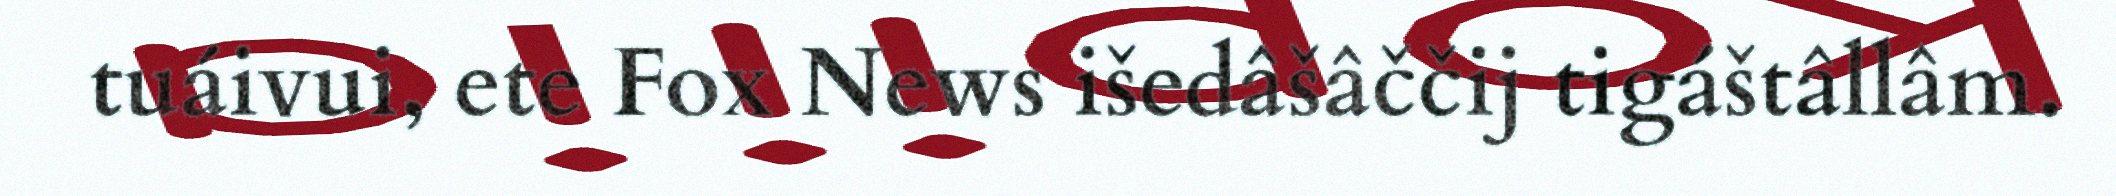
tuáivui, ete Fox News išedâšâččij tigáštâllâm.